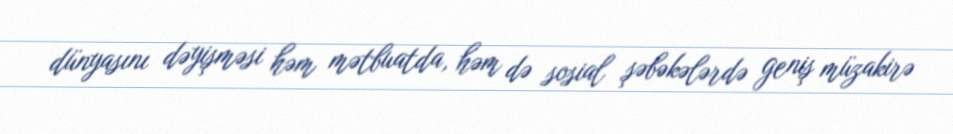
dünyasını dəyişməsi həm mətbuatda, həm də sosial şəbəkələrdə geniş müzakirə